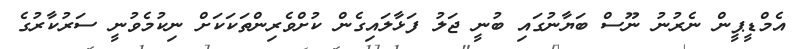
އެމްޑީޕީން ނެރުނު ނޫސް ބަޔާނުގައި ބުނީ ޖަލު ފަޅާލައިގެން ކުށްވެރިންތަކަކަށް ނިކުމެވުނީ ސަރުކާރުގެ